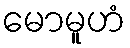
မောမူဟံ